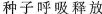
种子呼吸释放